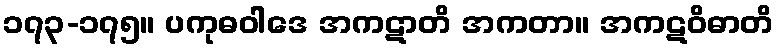
၁၇၃-၁၇၅။ ပကုဓဝါဒေ အကဋာတိ အကတာ။ အကဋဝိဓာတိ